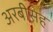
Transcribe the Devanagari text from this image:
अरबीसह